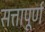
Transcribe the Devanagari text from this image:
सत्तापूर्ण